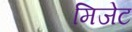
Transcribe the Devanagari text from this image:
मिजेट